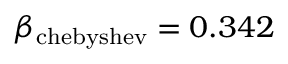
\beta _ { \mathrm { c h e b y s h e v } } = 0 . 3 4 2